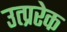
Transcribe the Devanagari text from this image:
उत्प्ररेक